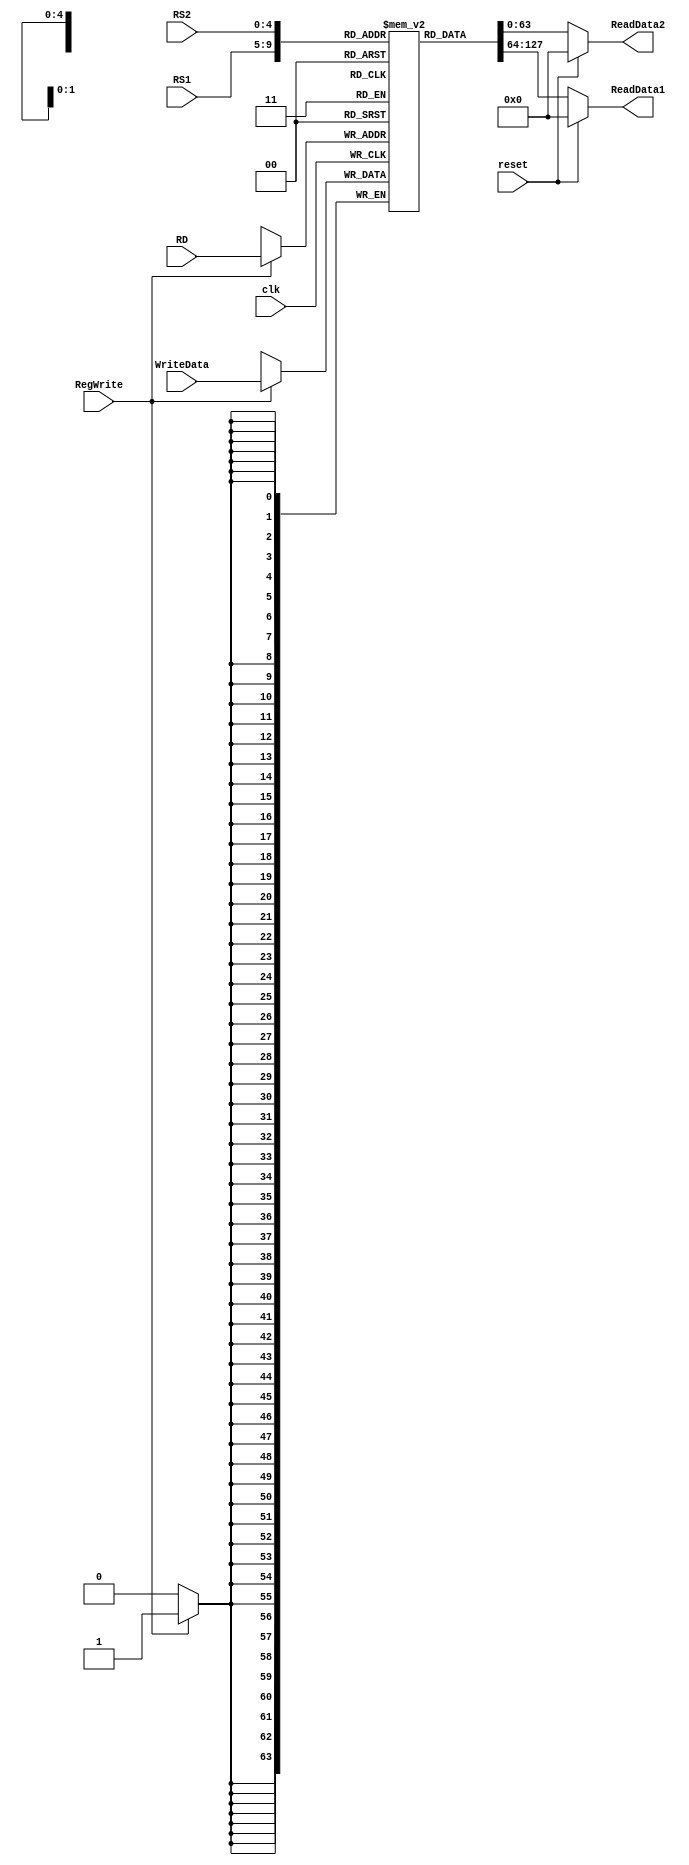
`timescale 1ns / 1ps


module register_file
( input [63:0]WriteData,
input [4:0]RS1,
input [4:0]RS2,
input [4:0]RD,
input RegWrite, clk, reset, 
output reg [63:0]ReadData1,
output reg [63:0]ReadData2
);
reg[63:0] Registers [31:0]; //initialize Registers with random values (using 'initial' block)
initial
begin
Registers[0] = 64'd0;
Registers[1] = 64'd0;
Registers[2] = 64'd0;
Registers[3] = 64'd0;
Registers[4] = 64'd0;
Registers[5] = 64'd0;
Registers[6] = 64'd0;
Registers[7] = 64'd0;
Registers[8] = 64'd0;
Registers[9] = 64'd0;
Registers[10] = 64'd0;
Registers[11] = 64'd8;
Registers[12] = 64'd0;
Registers[13] = 64'd0;
Registers[14] = 64'd0;
Registers[15] = 64'd0;
Registers[16] = 64'd0;
Registers[17] = 64'd0;
Registers[18] = 64'd0;
Registers[19] = 64'd0;
Registers[20] = 64'd0;
Registers[21] = 64'd0;
Registers[22] = 64'd0;
Registers[23] = 64'd0;
Registers[24] = 64'd0;
Registers[25] = 64'd0;
Registers[26] = 64'd0;
Registers[27] = 64'd0;
Registers[28] = 64'd0;
Registers[29] = 64'd0;
Registers[30] = 64'd0;
Registers[31] = 64'd0;
end
//operation of writing data into a Register should always be done when
//positive edge of clock and RegWrite signal is asserted (or set, i.e. High)

always @ (*)
begin
if(reset)
begin
ReadData1 = 64'b0;
ReadData2 = 64'b0;
end
else
begin
ReadData1 = Registers[RS1];
ReadData2 = Registers[RS2];
end
end
always @ (negedge clk)
begin
if (RegWrite == 1'b1) Registers[RD] = WriteData;

end
endmodule